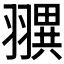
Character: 𦒖